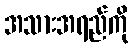
အသားအရည်ကို